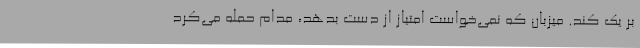
بر یک کند. میزبان که نمی‌خواست امتیاز از دست بدهد، مدام حمله می‌کرد